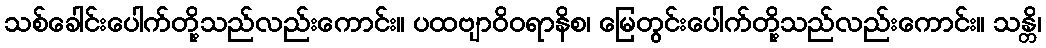
သစ်ခေါင်းပေါက်တို့သည်လည်းကောင်း။ ပထဗျာဝိဝရာနိစ၊ မြေတွင်းပေါက်တို့သည်လည်းကောင်း။ သန္တိ၊